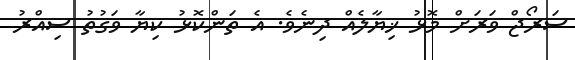
ސަރޯޖް ވަރަށް މޮޅު ޚިޔާލެއް ދިނެވެ. އެ ތަންކޮޅު ކިޔާ ވަގުތު ސިއްރު